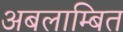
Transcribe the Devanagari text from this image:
अबलाम्बित